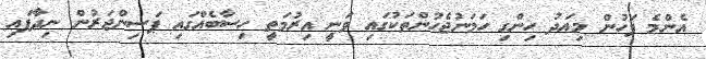
އެންމެ ފަހުން މިއަދު ހިންގި ހަމަނުޖެހުންތަކުގައި ވަނީ އިރުމަތީ ހިސާބެއްގައި ޕަސިންޖަރުން ނިދާފައި